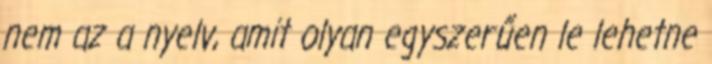
nem az a nyelv, amit olyan egyszerűen le lehetne